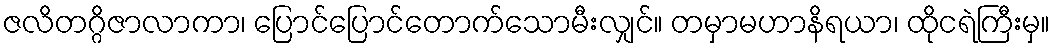
ဇလိတဂ္ဂိဇာလာကာ၊ ပြောင်ပြောင်တောက်သောမီးလျှင်။ တမှာမဟာနိရယာ၊ ထိုငရဲကြီးမှ။